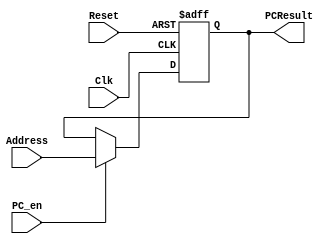
`timescale 1ns / 1ps
//////////////////////////////////////////////////////////////////////////////////
// Company: 
// Engineer: 
// 
// Design Name: 
// Module Name: ProgramCounter
// Project Name: 
// Target Devices: 
// Tool Versions: 
// Description: 
// 
// Dependencies: 
// 
// Revision:
// Revision 0.01 - File Created
// Additional Comments:
// 
//////////////////////////////////////////////////////////////////////////////////


module ProgramCounter(Address, PCResult, Reset, Clk, PC_en);

	input [31:0] Address;
	input Reset, Clk, PC_en;

	output reg [31:0] PCResult;
    
    always @(posedge Clk, posedge Reset)
    begin
       if (Reset == 1)
       begin
        PCResult <= 0;
       end 
       else if (PC_en == 1)
       begin
        PCResult <= Address;
       end
    end
    endmodule